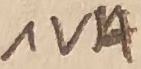
Text: 1VA